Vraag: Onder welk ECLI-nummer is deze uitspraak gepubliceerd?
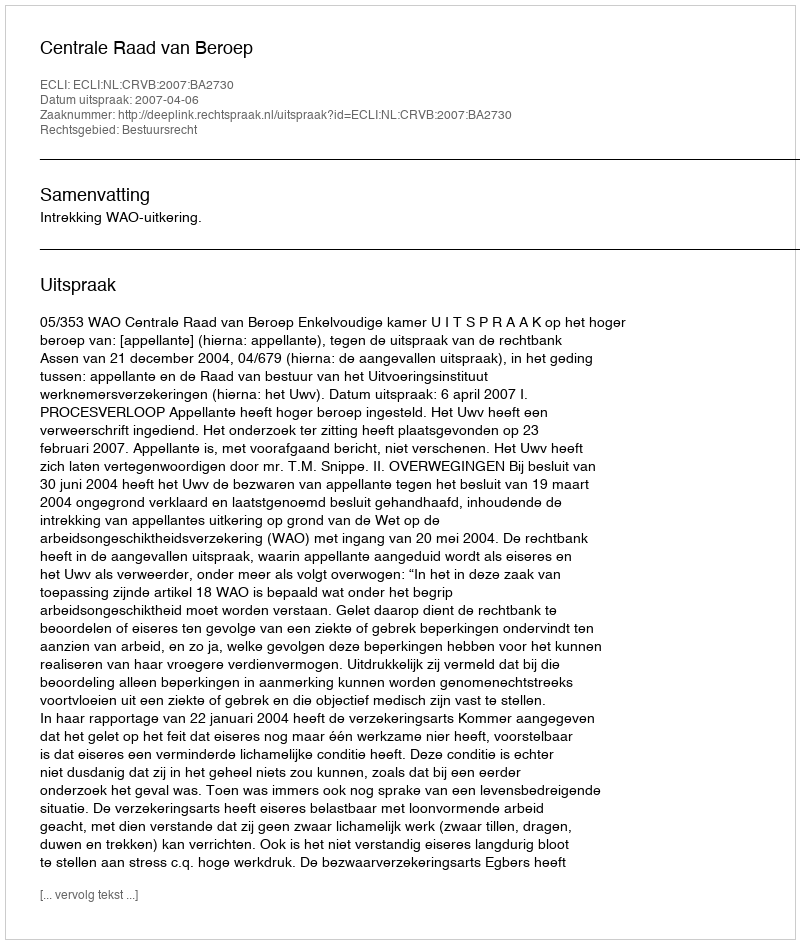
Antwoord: ECLI:NL:CRVB:2007:BA2730